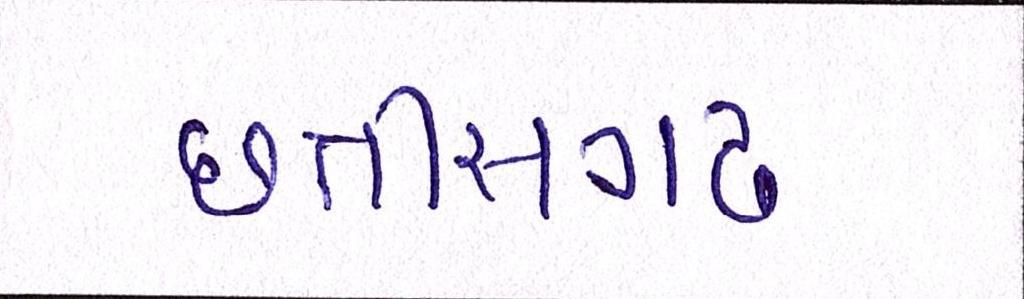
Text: છત્તીસગઢ